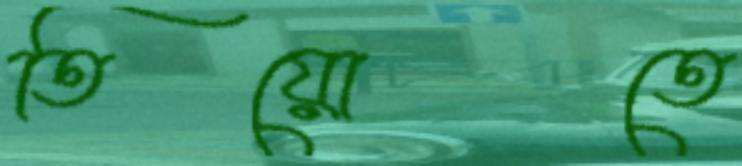
তিয়োতে